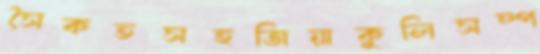
সৈকতসহজিয়াকুলিসম্প